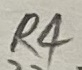
Text: R4